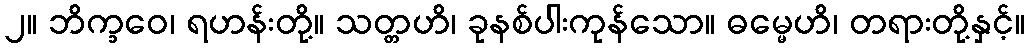
၂။ ဘိက္ခဝေ၊ ရဟန်းတို့။ သတ္တဟိ၊ ခုနစ်ပါးကုန်သော။ ဓမ္မေဟိ၊ တရားတို့နှင့်။